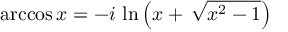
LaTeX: \operatorname { a r c c o s } x = - i \, \ln \left( x + \, { \sqrt { x ^ { 2 } - 1 } } \right)